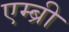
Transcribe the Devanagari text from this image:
एम्ब्री